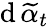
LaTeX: \mathrm{d}\, \widetilde{{\alpha}}_{t}